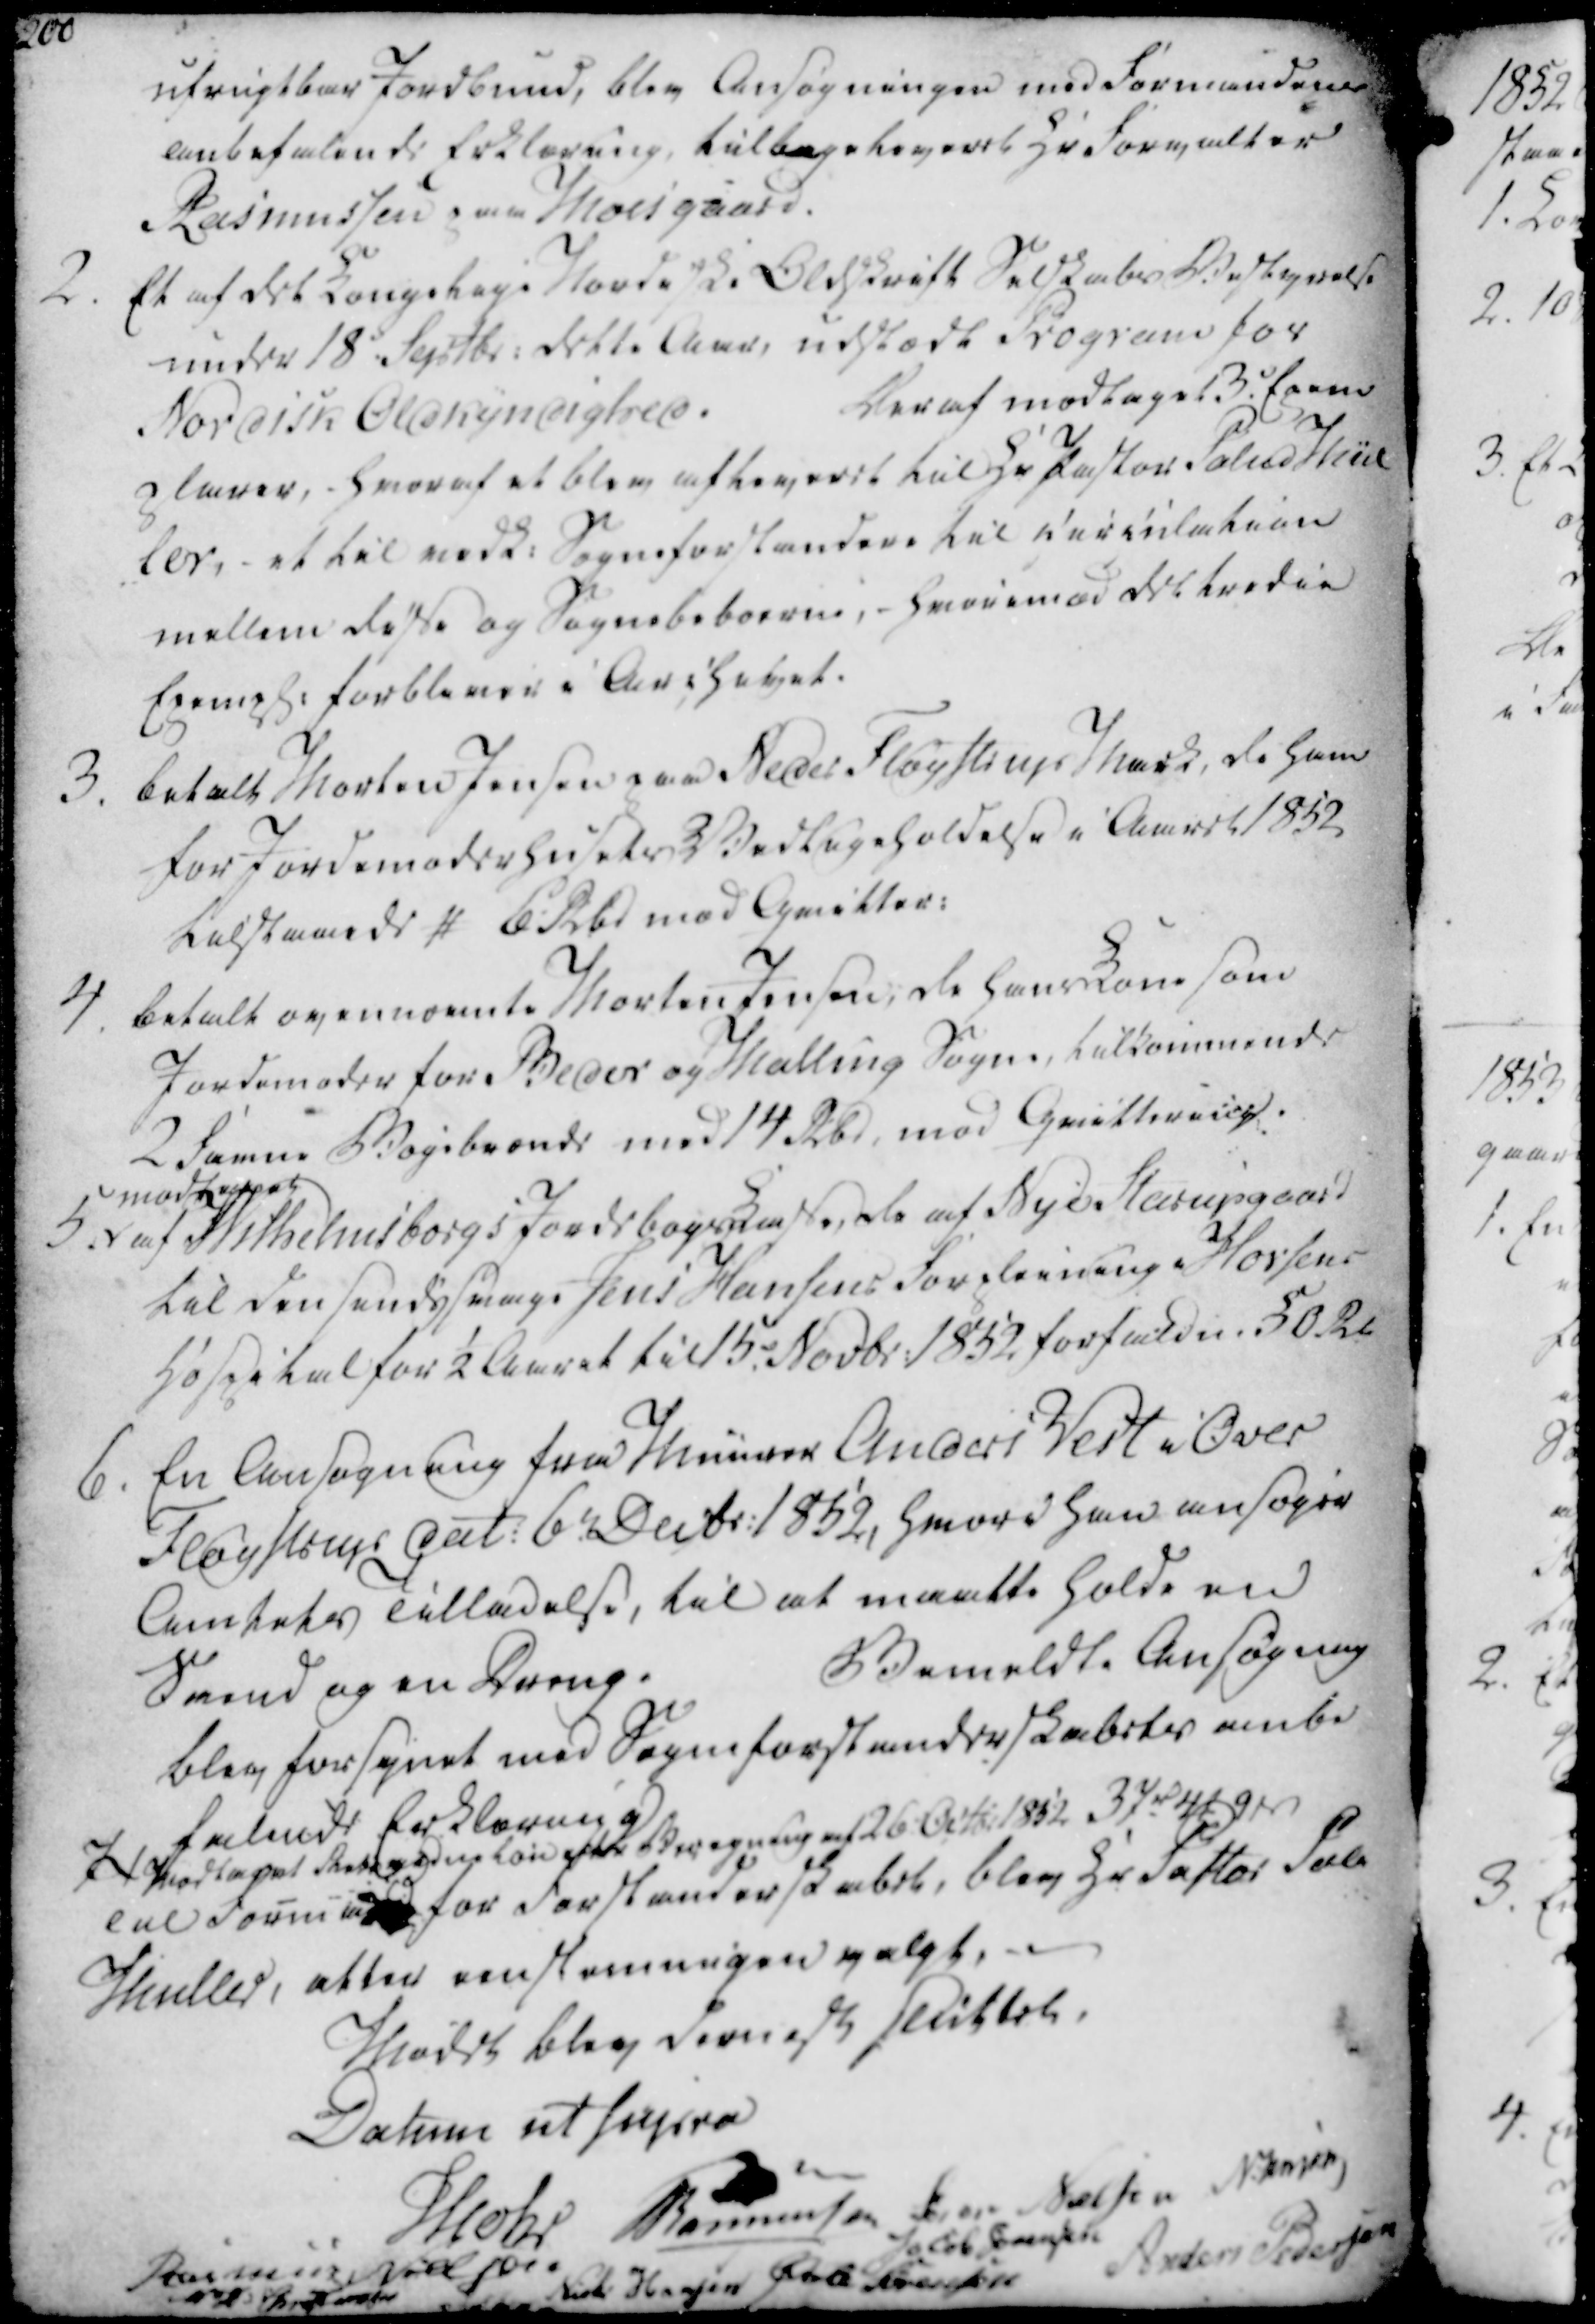
Transskription:
ufrugtbar Jordbund, blev Ansøgningen med Formandens

anbefalende Erklæring, tilbageleveret Hr Forvalter

Rasmussen paa Moesgaard.

ufrugtbar Jordbund, blev Ansøgningen med Formandens
anbefalende Erklæring, tilbageleveret Hr Forvalter
Rasmussen paa Moesgaard.

2. Et af det Kongelige Nordiske Oldskrift Selskabs Bestyrelse

under 18 Septbr. dette Aar, udstædt Program for

Nordisk Oldkyndighed.

Deraf modtaget 3. Exem

plarer, - hvoraf et blev afleveret til Hr Pastor Palud Mül

ler, - et til vedk. Sogneforstandere til Circulation

mellem disse og Sognebeboerne, - hvorimod det tredie

Exempl. forbliver i Archivet.

3. betalt Morten Jensen paa Neder Fløystrup Mark, de ham

for Jordemoderhusets Vedligeholdelse i Aaret 1852

Tilstaaede # 6 Rbd mod Qvitter.

2. Et af det Kongelige Nordiske Oldskrift Selskabs Bestyrelse
under 18 Septbr. dette Aar, udstædt Program for
Nordisk Oldkyndighed.
Deraf modtaget 3. Exem
plarer, - hvoraf et blev afleveret til Hr Pastor Palud Mül
ler, - et til vedk. Sogneforstandere til Circulation
mellem disse og Sognebeboerne, - hvorimod det tredie
Exempl. forbliver i Archivet.
3. betalt Morten Jensen paa Neder Fløystrup Mark, de ham
for Jordemoderhusets Vedligeholdelse i Aaret 1852
Tilstaaede # 6 Rbd mod Qvitter.

4. betalt ovennævnte Morten Jensen, da hans Kone som

Jordemoder for Beder og Malling Sogne, tilkommende

2 Favne Bøgebrænde med 14 Rbd, mod Qvittering.

5.

modtaget

af Wilhelmsborgs Jordebogs Kasse, de af Nye Starupgaard

til den sindssvage Jens Hansens Forpleining i Horsens

Hospital for ½ Aaret til 15. Novbr. 1852 forfaldne 50 Rb

4. betalt ovennævnte Morten Jensen, da hans Kone som
Jordemoder for Beder og Malling Sogne, tilkommende
2 Favne Bøgebrænde med 14 Rbd, mod Qvittering.
5.
modtaget
af Wilhelmsborgs Jordebogs Kasse, de af Nye Starupgaard
til den sindssvage Jens Hansens Forpleining i Horsens
Hospital for ½ Aaret til 15. Novbr. 1852 forfaldne 50 Rb

6. En Ansøgning fra Muurer Anders Vest i Over

Fløystrup dat. 6te Decbr. 1852, hvori han ansøger

Amtets Tilladelse, til at maatte holde en

Svend og en Dreng.

Bemeldte Ansøgning

blev forsynet med Sogneforstanderskabets anbe

falende Erklæring

7

Modtaget skabsvedne løn efter Beregning af 26. Octbr 1852 37 rd 4 ₻ 9 ẞ

Til Formand for Forstanderskabet, blev Hr Pastor Pal.

Muller, atter eenstemmigen valgt,

6. En Ansøgning fra Muurer Anders Vest i Over
Fløystrup dat. 6te Decbr. 1852, hvori han ansøger
Amtets Tilladelse, til at maatte holde en
Svend og en Dreng.
Bemeldte Ansøgning
blev forsynet med Sogneforstanderskabets anbe
falende Erklæring
7
Modtaget skabsvedne løn efter Beregning af 26. Octbr 1852 37 rd 4 ₻ 9 ẞ
Til Formand for Forstanderskabet, blev Hr Pastor Pal.
Muller, atter eenstemmigen valgt,

Mødet blev dernæst sluttet.

Datum ut supra

Mohr

Rasmussen

Søren Nielsen

N. Jensen

Rasmus Nielsen

Jacob Sørensen

M. H. Christiansen

Niels Hansen

Øvle Sørensen

Anders Pedersen

Mødet blev dernæst sluttet.
Datum ut supra
Mohr
Rasmussen
Søren Nielsen
N. Jensen
Rasmus Nielsen
Jacob Sørensen
M. H. Christiansen
Niels Hansen
Øvle Sørensen
Anders Pedersen